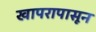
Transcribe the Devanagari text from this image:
खापरापासून